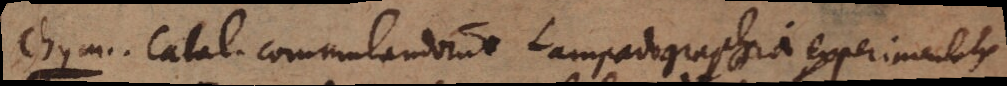
Chym. Catal. commutandorum Lampadographia experimentalis